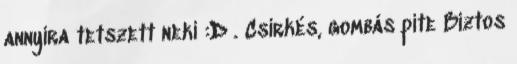
annyira tetszett neki :D . Csirkés, gombás pite Biztos